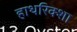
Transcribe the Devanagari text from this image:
हाथरिक्शा